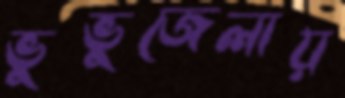
ভুভুজেলায়